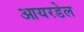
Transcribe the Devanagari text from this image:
आयरडेल